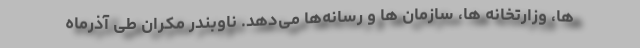
ها، وزارتخانه ها، سازمان ها و رسانه‌ها می‌دهد. ناوبندر مکران طی آذرماه